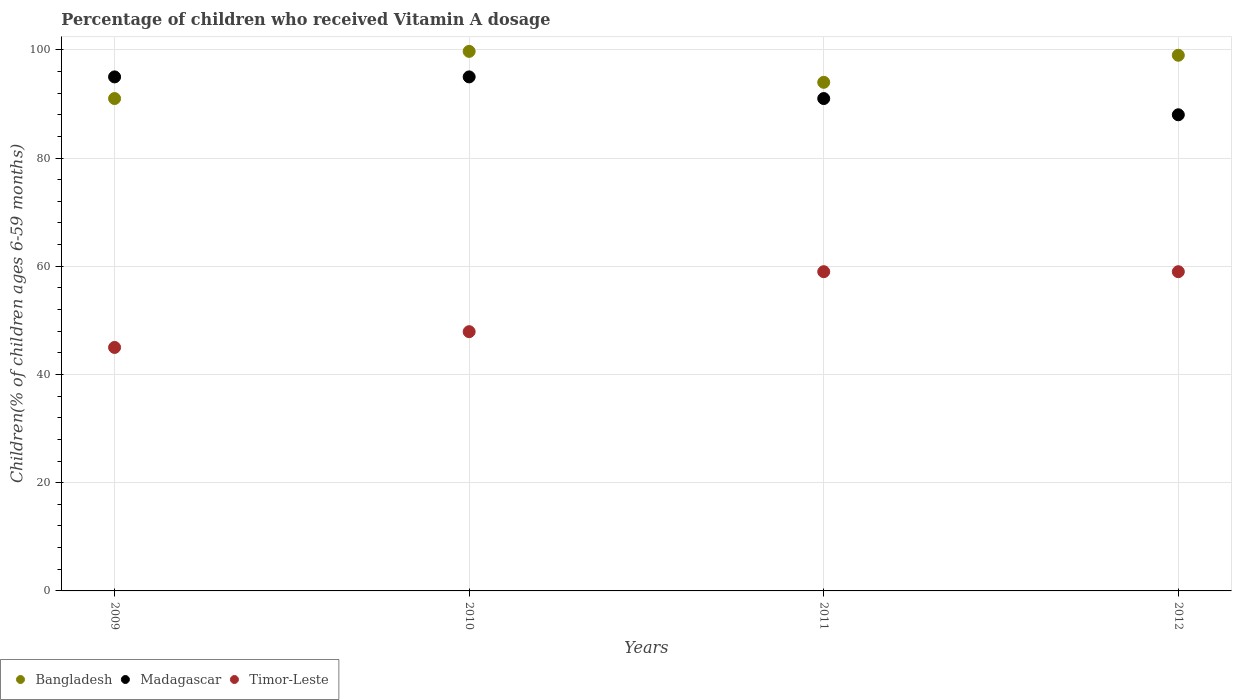
| Years | Bangladesh | Madagascar | Timor-Leste |
 | --- | --- | --- | --- |
 | 2009 | 91 | 95 | 45 |
 | 2010 | 99.7 | 95 | 47.9 |
 | 2011 | 94 | 91 | 59 |
 | 2012 | 99 | 88 | 59 |